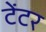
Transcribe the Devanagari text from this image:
टेंटर